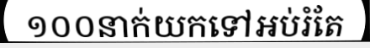
១០០នាក់យកទៅអប់រំតែ